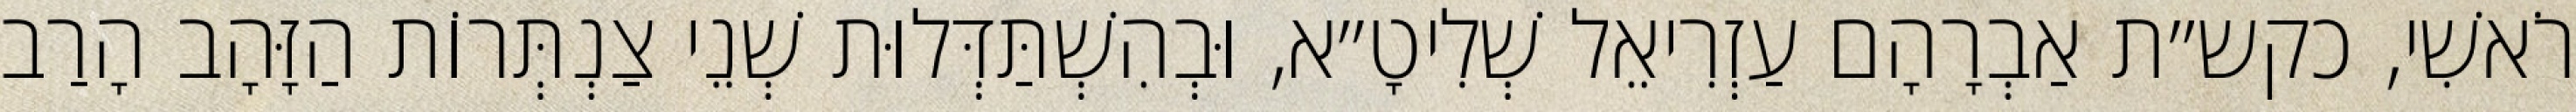
רֹאשִׁי, כקש״ת אַבְרָהָם עַזְרִיאֵל שְׁלִיטָ״א, וּבְהִשְׁתַּדְּלוּת שְׁנֵי צַנְתְּרוֹת הַזָּהָב הָרַב